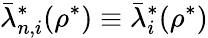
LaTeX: \bar{\lambda}_{n,i}^{*}(\rho^{*})\equiv\bar{\lambda}_{i}^{*}(\rho^{*})